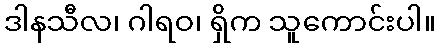
ဒါနသီလ၊ ဂါရဝ၊ ရှိက သူကောင်းပါ။